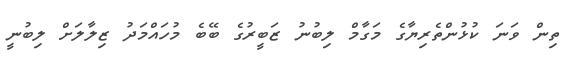
ތިން ވަނަ ކުޅުންތެރިޔާގެ މަގާމް ލިބުނު ޒަބީރުގެ ބޭބެ މުހައްމަދު ޒިލާލަށް ލިބުނީ